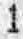
1